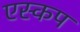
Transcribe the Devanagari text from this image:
एस्कप